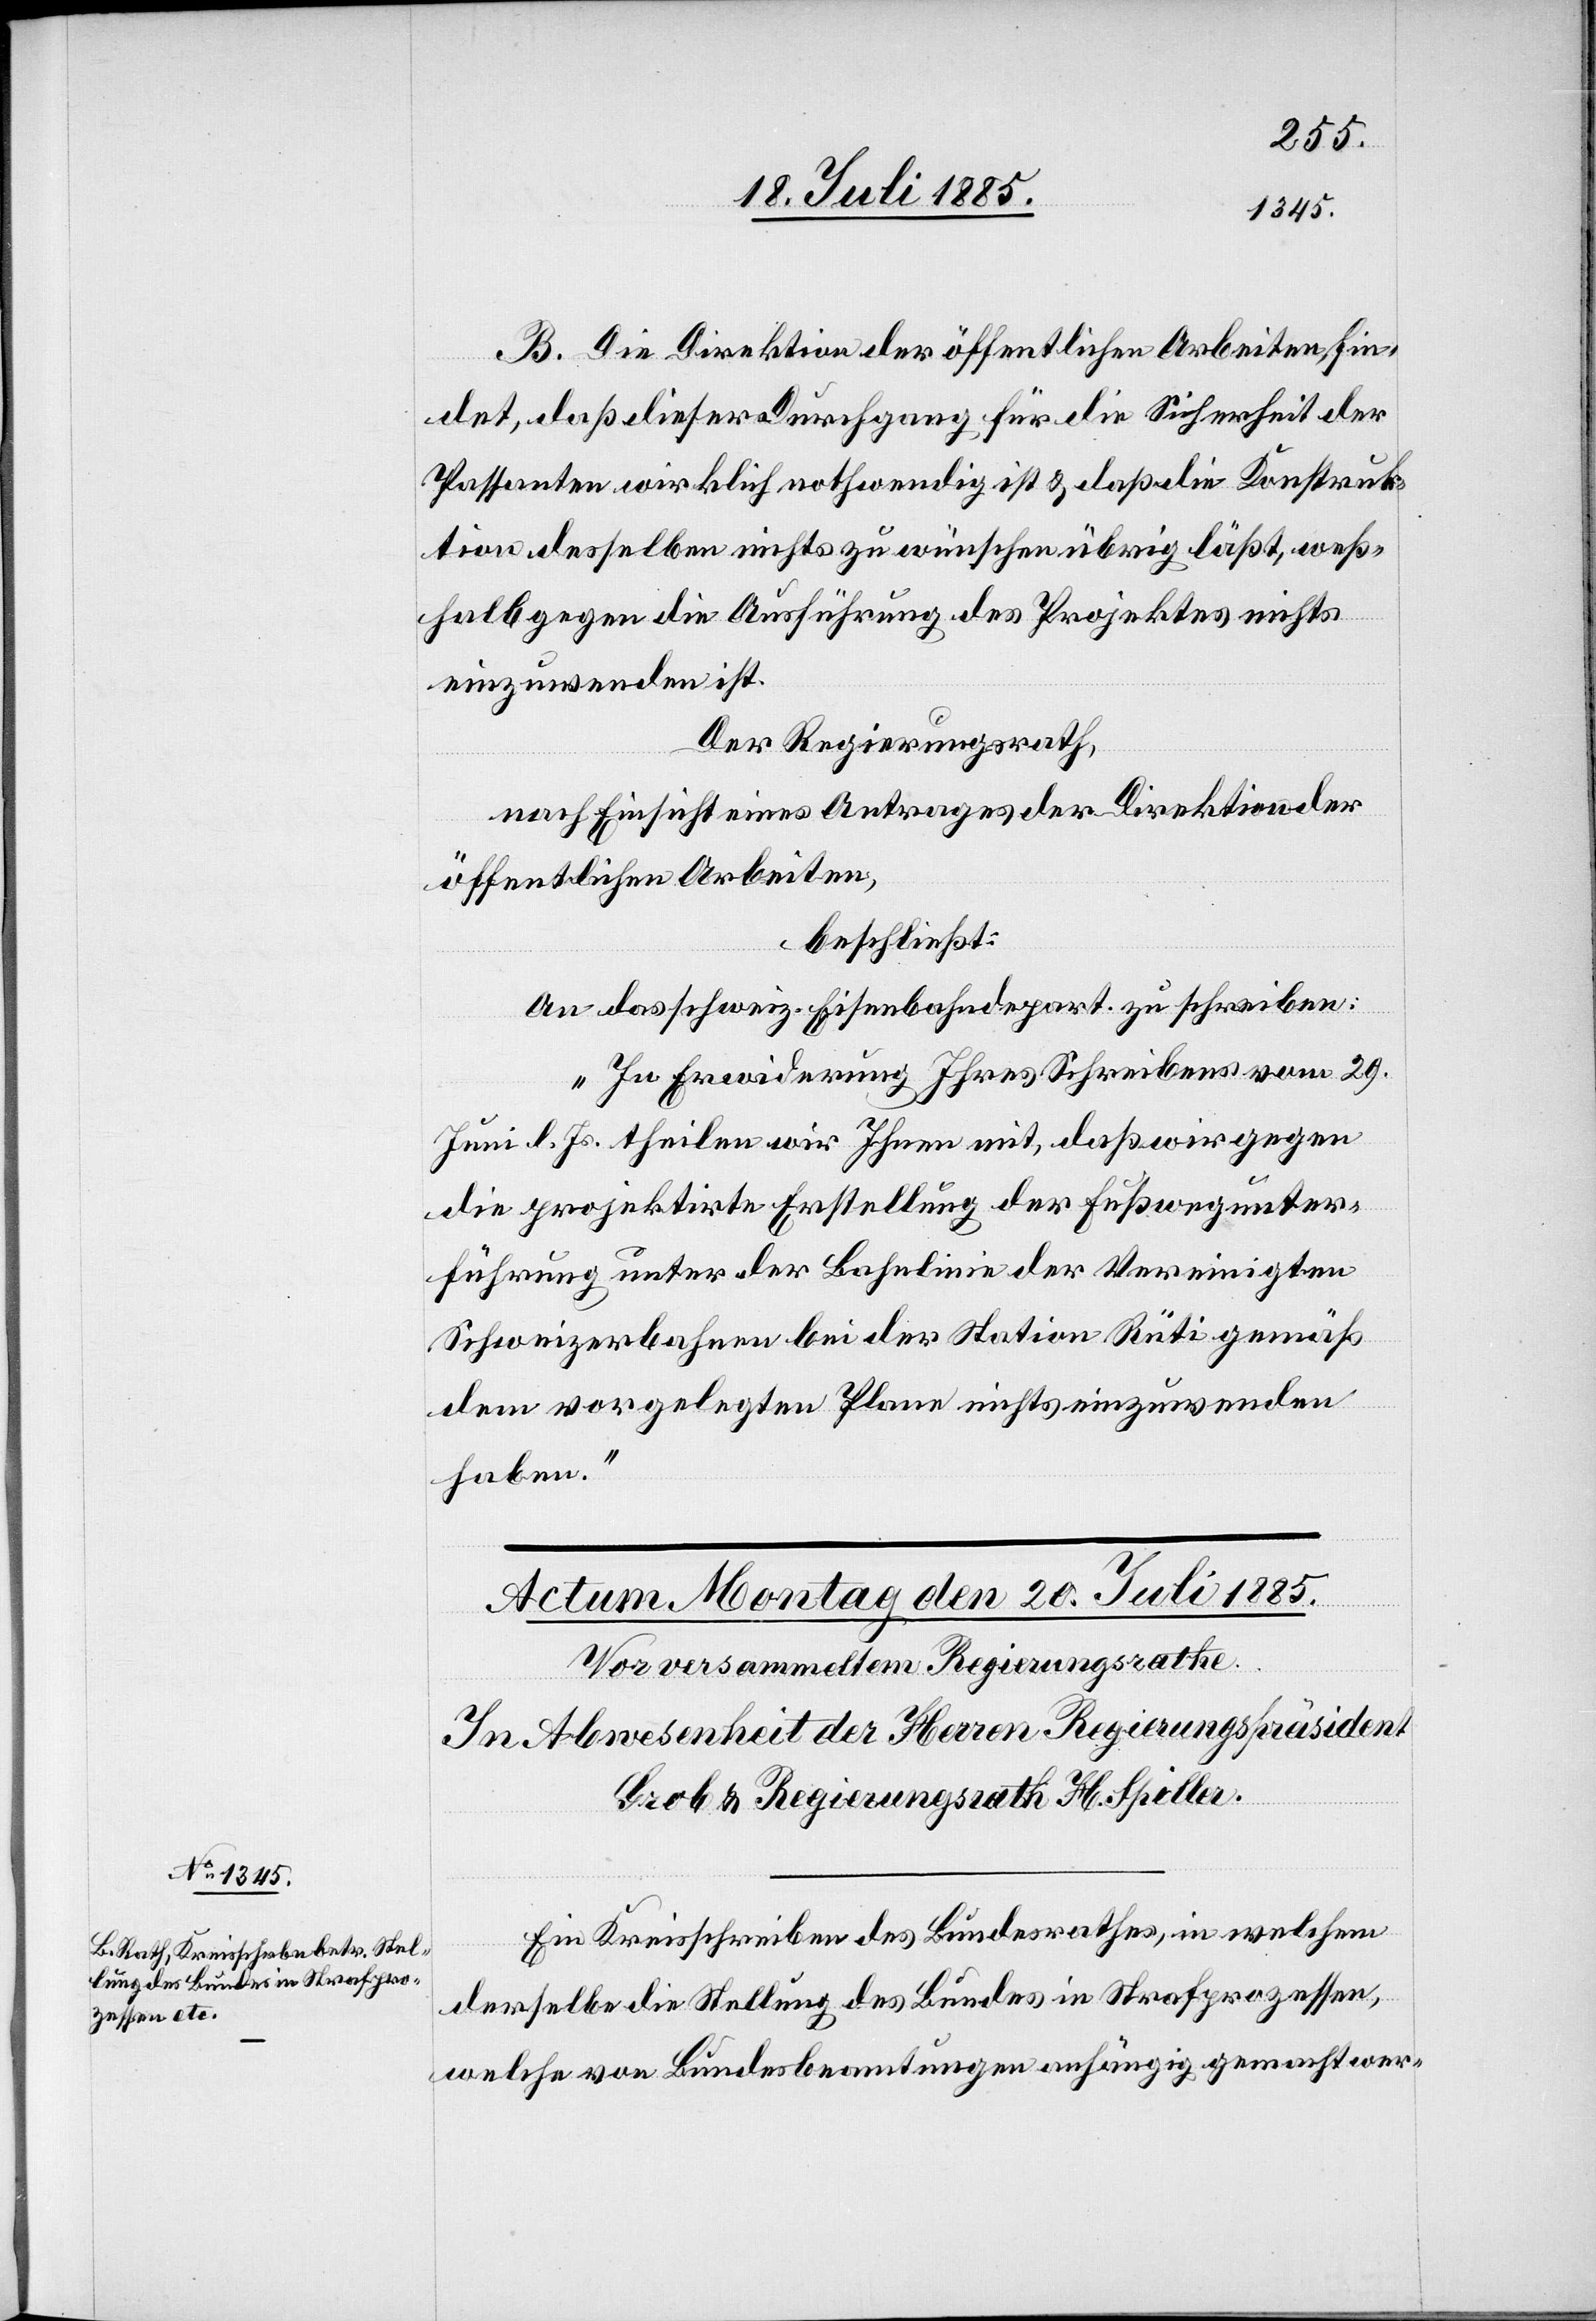
B. Die Direktion der öffentlichen Arbeiten fin¬
det, daß dieser Durchgang für die Sicherheit der
Passanten wirklich nothwendig ist & daß die Konstruk¬
tion desselben nichts zu wünschen übrig läßt, weß¬
halb gegen die Ausführung des Projektes nichts
einzuwenden ist.
Der Regierungsrath,
nach Einsicht eines Antrages der Direktion der
öffentlichen Arbeiten,
beschließt:
An das schweiz. Eisenbahndepart. zu schreiben:
„In Erwiderung Ihres Schreibens vom 29.
Juni l. Js. theilen wir Ihnen mit, daß wir gegen
die projektirte Erstellung der Fußwegunter¬
führung unter der Bahnlinie der Vereinigten
Schweizerbahnen bei der Station Rüti gemäß
dem vorgelegten Plane nichts einzuwenden
haben.“
Ein Kreisschreiben des Bundesrathes, in welchem
derselbe die Stellung des Bundes in Strafprozessen,
welche von Bundesbeamtungen anhängig gemacht wer-